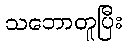
သဘောတူပြီး